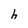
Character: h